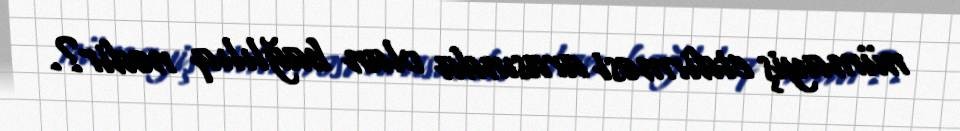
nümayiş etdirməsi arasında olan bağlılıq nədir?.